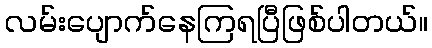
လမ်းပျောက်နေကြရပြီဖြစ်ပါတယ်။